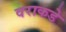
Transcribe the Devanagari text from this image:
वराकडे